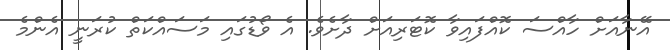
އޭނާއަށް ހާއްސަ ކޮއްފައިވާ ކޮޓަރިއަށް ދާށެވެ. އެ ވޯޑުގައި މަސައްކަތް ކުރަނީ އެންމެ